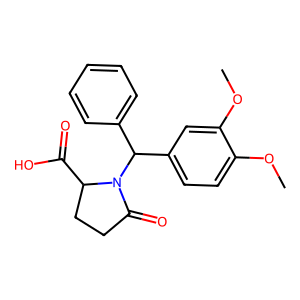
SMILES: COc1ccc(C(c2ccccc2)N2C(=O)CCC2C(=O)O)cc1OC
Inhibits HIV replication: No